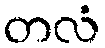
တလံ